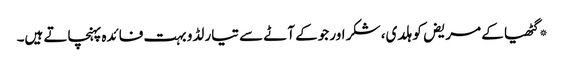
*گٹھیا کے مریض کو ہلدی، شکر اور جوکے آٹے سے تیار لڈو بہت فائدہ پہنچاتے ہیں۔